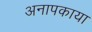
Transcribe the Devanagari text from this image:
अनापकाया